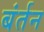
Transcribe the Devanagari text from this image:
बंर्तन